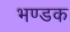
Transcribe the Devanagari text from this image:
भण्डक